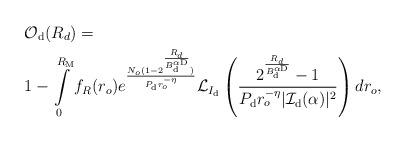
LaTeX: \begin{align*}&\!\!\!\!\!\!\! \mathcal{O}_{\rm d}(R_d)= \\&\!\!\!\!\!\!\! 1-\int\limits_{0}^{R_{\rm M}} f_{R}(r_o)e^{ \frac{N_o (1-2^{\frac{R_{d}}{B_{\rm d}^{\alpha {\rm D}}}})}{ P_{\rm d} r_o^{-\eta}}} \mathcal{L}_{I_{\rm d}} \left(\frac{2^{\frac{R_{d}}{B_{\rm d}^{\alpha {\rm D}}}}-1}{P_{\rm d} r_o^{-\eta} |\mathcal{I}_{\rm d} (\alpha)|^2} \right)d r_o,\end{align*}